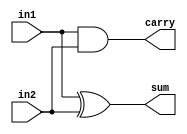
`timescale 1ns / 1ps
//////////////////////////////////////////////////////////////////////////////////

// ID     : N180116
//Branch  : ECE
//Project Name : RTL design using Verilog
//Design  Nmae : 2 Bit Multiplier
//Module  Nmae : Half Adder
//RGUKT NUZVID 
//////////////////////////////////////////////////////////////////////////////////


module HA(in1,in2,sum,carry);
input in1,in2;
output sum,carry;
assign sum=in1^in2;
assign carry=in1&in2;
endmodule